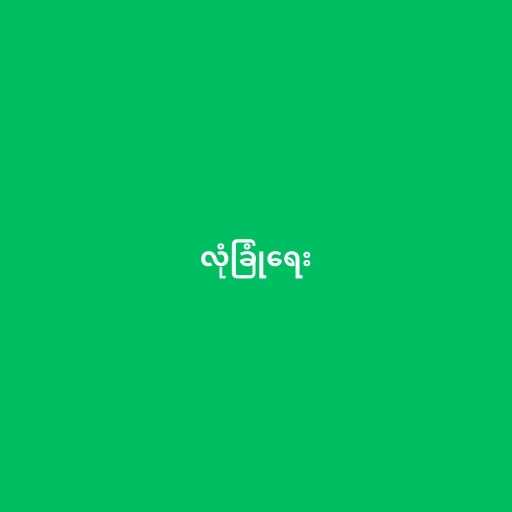
လုံခြုံရေး